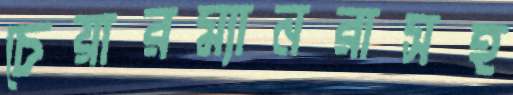
চেয়ারম্যানরাসহ